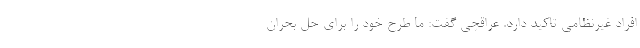
افراد غیرنظامی تاکید دارد. عراقچی گفت: ما طرح خود را برای حل بحران